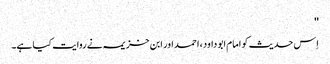
''
اِس حدیث کو امام ابو داود، احمد اور ابن خزیمہ نے روایت کیا ہے۔